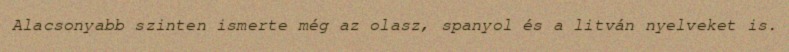
Alacsonyabb szinten ismerte még az olasz, spanyol és a litván nyelveket is.